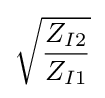
{\sqrt {\frac {Z_{I2}}{Z_{I1}}}}